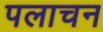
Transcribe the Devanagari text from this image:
पलाचन